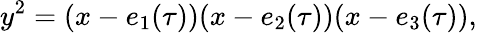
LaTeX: y^{2}=(x-e_{1}(\tau))(x-e_{2}(\tau))(x-e_{3}(\tau)),